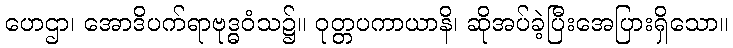
ဟေဌာ၊ အောဒိပက်ရာဗုဒ္ဓဝံသ၌။ ဝုတ္တပကာယာနိ၊ ဆိုအပ်ခဲ့ပြီးအေပြားရှိသော။